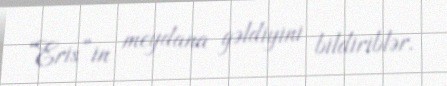
“Eris”in meydana gəldiyini bildiriblər.